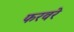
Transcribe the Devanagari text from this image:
फरवरे